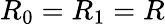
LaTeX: R_{0}=R_{1}=R